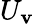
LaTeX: U_{\mathbf{v}}